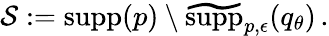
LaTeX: \begin{array}{r}{\mathcal{S}:=\mathrm{supp}(p)\setminus\widetilde{\mathrm{supp}}_{p,\epsilon}(q_{\theta})\, .}\end{array}